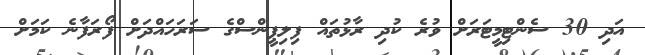
އަދި 30 ސެންޓިމީޓަރަށް ވުރެ ކުދި ރާޅުތައް ފިލިޕީންސްގެ ސަރަހައްދަށް ފޯރަފާނެ ކަމަށް